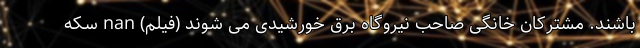
باشند. مشترکان خانگی صاحب نیروگاه برق خورشیدی می شوند (فیلم) nan سکه